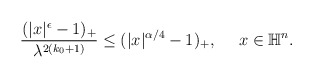
\begin{align*} \begin{aligned} \frac{(|x|^{\epsilon}-1)_+}{\lambda^{2(k_0+1)}}\leq (|x|^{\alpha/4}-1)_+, ~~~~ x\in \mathbb{H}^n. \end{aligned} \end{align*}